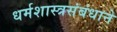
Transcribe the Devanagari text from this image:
धर्मशास्त्रसंबंधाने